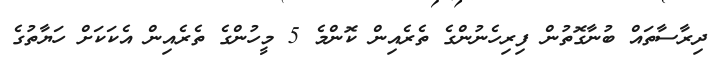
ދިރާސާތައް ބުނާގޮތުން ފިރިހެނުންގެ ތެރެއިން ކޮންމެ 5 މީހުންގެ ތެރެއިން އެކަކަށް ހަޔާތުގެ